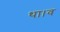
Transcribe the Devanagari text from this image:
था।व